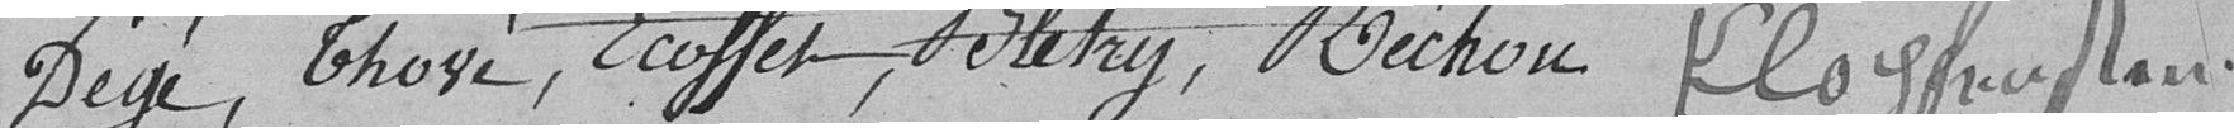
Degré, Thozé, Ecoffet, Bletry, Réchou, Kloyfindaire